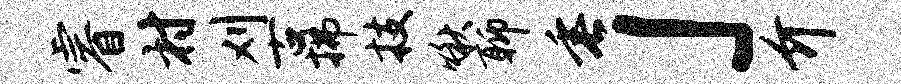
睿村刈古拂技啾聊垂」介